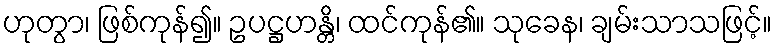
ဟုတွာ၊ ဖြစ်ကုန်၍။ ဥပဋ္ဌဟန္တိ၊ ထင်ကုန်၏။ သုခေန၊ ချမ်းသာသဖြင့်။